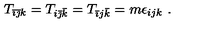
T _ { \bar { \imath } \bar { \jmath } k } = T _ { i \bar { \jmath } \bar { k } } = T _ { \bar { \imath } j \bar { k } } = m \epsilon _ { i j k } \ .